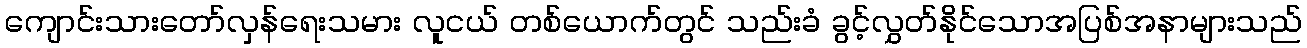
ကျောင်းသားတော်လှန်ရေးသမား လူငယ် တစ်ယောက်တွင် သည်းခံ ခွင့်လွှတ်နိုင်သောအပြစ်အနာများသည်